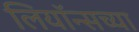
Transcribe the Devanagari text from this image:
लियॉन्सच्या